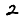
Digit: 2